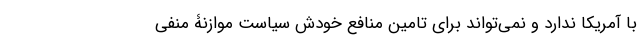
با آمریکا ندارد و نمی‌تواند برای تامین منافع خودش سیاست موازنۀ منفی